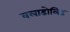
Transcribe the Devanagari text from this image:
वलाडोलिड